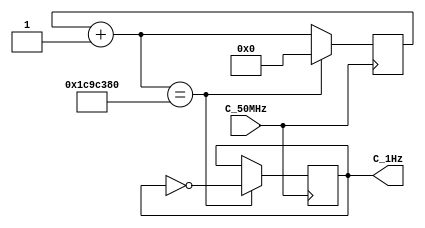
module Divfrec(C_50MHz,C_1Hz);
	input C_50MHz;
	output reg C_1Hz = 1;
	
	
	reg[24:0] contador =0;
	
	always @(posedge C_50MHz)
	begin 
		contador = contador+1;
		if(contador == 30_000_000)
		begin 
			contador = 0;
			C_1Hz = ~C_1Hz;
		end
	end
	
endmodule